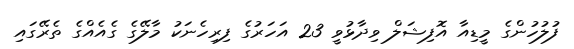
ފުލުހުންގެ މީޑިއާ އޮފިޝަލް ވިދާޅުވީ 23 އަހަރުގެ ފިރިހެނަކު މާލޭގެ ގެއެއްގެ ތެރޭގައި